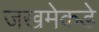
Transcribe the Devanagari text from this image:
जखमेकडे